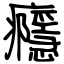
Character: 癮